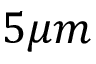
5 \mu m